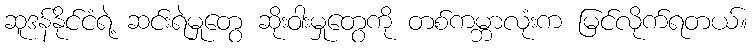
ဆူဒန်နိုင်ငံရဲ့ ဆင်းရဲမှုတွေ ဆိုးဝါးမှုတွေကို တစ်ကမ္ဘာလုံးက မြင်လိုက်ရတယ်။